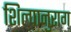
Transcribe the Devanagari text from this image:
शिल्पानुराग